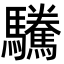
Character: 驣